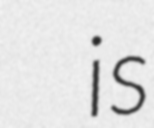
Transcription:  is